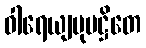
ဝါရေယျမုပဋ္ဌိတေ